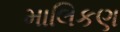
માલિકણ